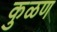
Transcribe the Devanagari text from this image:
कुळण